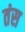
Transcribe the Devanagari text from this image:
तंस